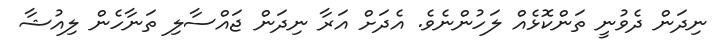
ނިދަން ދެވުނީ ތަންކޮޅެއް ލަހުންނެވެ. އެދަށް އަރާ ނިދަން ޖައްސާލި ތަނާހެން ލިއުޝާ